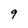
Character: 9